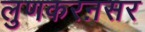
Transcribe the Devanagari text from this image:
लुणकरऩसर